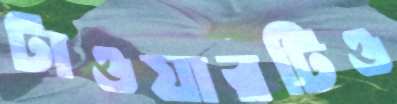
টাওয়ারটিও